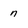
Character: n